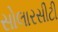
સોલારસીટી